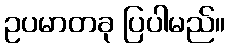
ဥပမာတခု ပြပါမည်။